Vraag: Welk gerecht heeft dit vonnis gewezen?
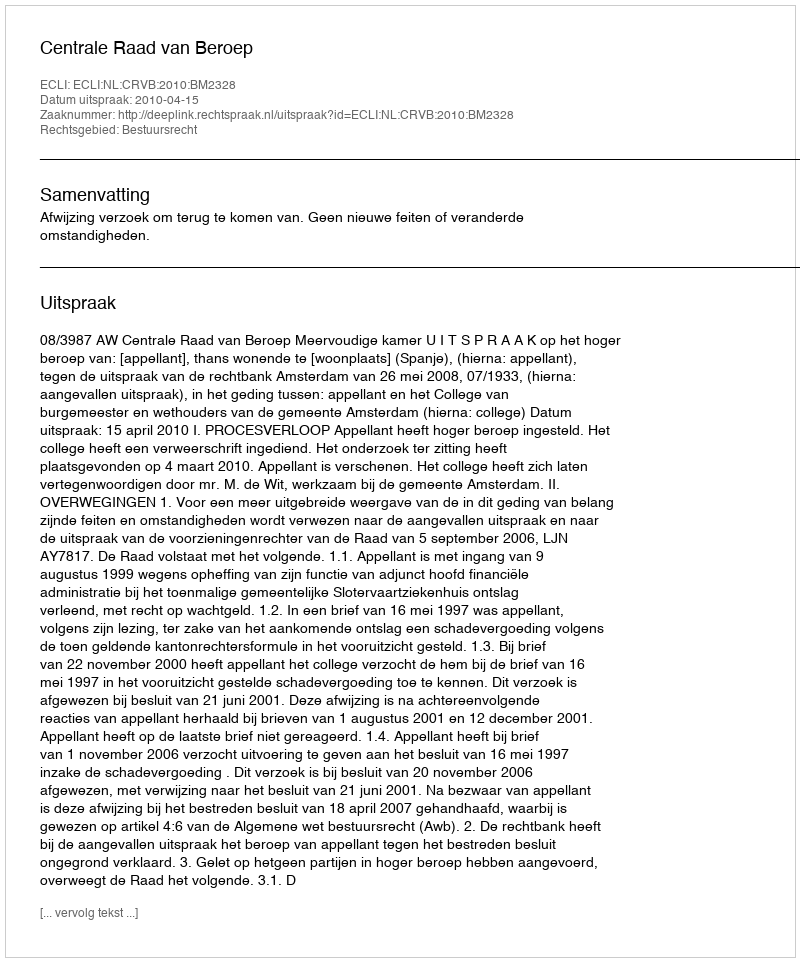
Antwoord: Centrale Raad van Beroep